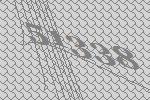
51338